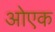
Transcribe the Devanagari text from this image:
ओएक